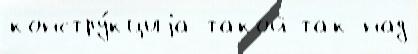
констру́кциjа такой так над